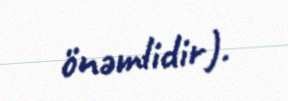
önəmlidir).